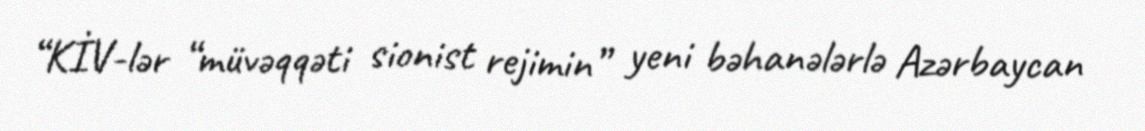
“KİV-lər “müvəqqəti sionist rejimin” yeni bəhanələrlə Azərbaycan